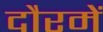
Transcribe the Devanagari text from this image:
दौरमें